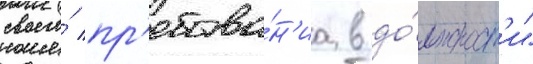
своего́ пр'ебыва́н'иа в до́лжност'и"